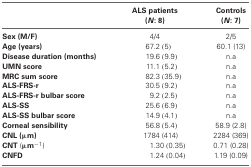
<table><thead><tr><td></td><td><b>ALS patients (<i>N</i>: 8)</b></td><td><b>Controls (<i>N</i>: 7)</b></td></tr></thead><tbody><tr><td><b>Sex (M/F)</b></td><td>4/4</td><td>2/5</td></tr><tr><td><b>Age (years)</b></td><td>67.2 (5)</td><td>60.1 (13)</td></tr><tr><td><b>Disease duration (months)</b></td><td>19.6 (9.9)</td><td>n.a</td></tr><tr><td><b>UMN score</b></td><td>11.1 (5.2)</td><td>n.a</td></tr><tr><td><b>MRC sum score</b></td><td>82.3 (35.9)</td><td>n.a</td></tr><tr><td><b>ALS-FRS-r</b></td><td>30.5 (9.2)</td><td>n.a</td></tr><tr><td><b>ALS-FRS-r bulbar score</b></td><td>9.2 (2.5)</td><td>n.a</td></tr><tr><td><b>ALS-SS</b></td><td>25.6 (6.9)</td><td>n.a</td></tr><tr><td><b>ALS-SS bulbar score</b></td><td>14.9 (4.1)</td><td>n.a</td></tr><tr><td><b>Corneal sensibility</b></td><td>56.8 (5.4)</td><td>58.9 (2.8)</td></tr><tr><td><b>CNL (μm)</b></td><td>1784 (414)</td><td>2284 (369)</td></tr><tr><td><b>CNT</b> (<b>μm</b><sup><b>-1</b></sup>)</td><td>1.30 (0.35)</td><td>0.71 (0.28)</td></tr><tr><td><b>CNFD</b></td><td>1.24 (0.04)</td><td>1.19 (0.09)</td></tr></tbody></table>